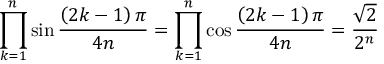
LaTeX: \prod _ { k = 1 } ^ { n } \sin { \frac { \left( 2 k - 1 \right) \pi } { 4 n } } = \prod _ { k = 1 } ^ { n } \cos { \frac { \left( 2 k - 1 \right) \pi } { 4 n } } = { \frac { \sqrt { 2 } } { 2 ^ { n } } }